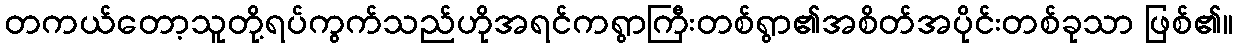
တကယ်တော့သူတို့ရပ်ကွက်သည်ဟိုအရင်ကရွာကြီးတစ်ရွာ၏အစိတ်အပိုင်းတစ်ခုသာ ဖြစ်၏။